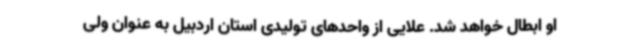
او ابطال خواهد شد. علایی از واحدهای تولیدی استان اردبیل به عنوان ولی